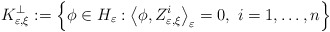
\begin{align*}K_{\varepsilon,\xi}^{\bot}:=\left\{ \phi\in H_{\varepsilon}:\left\langle\phi,Z_{\varepsilon,\xi}^{i}\right\rangle _{\varepsilon}=0,\ i=1,\dots,n\right\}\end{align*}